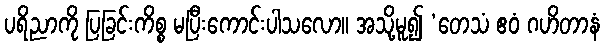
ပရိညာကို ပြခြင်းကိစ္စ မပြီးကောင်းပါသလော။ အသို့မူ၍ ‘တေသံ ဧဝံ ဂဟိတာနံ